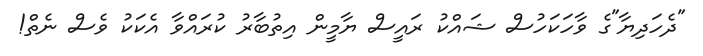
"ދެހަދިޔާ"ގެ ވާހަކަހުސް ޝައްކު ރައީސް ޔާމީން އިތުބާރު ކުރައްވާ އެކަކު ވެސް ނެތް!